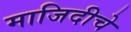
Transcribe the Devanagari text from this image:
माजिदीचे